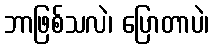
ဘာဖြစ်သလဲ၊ ပြောတာပဲ၊